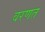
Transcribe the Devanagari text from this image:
वरणत